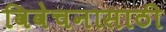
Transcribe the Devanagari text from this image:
विवेचनासाठी